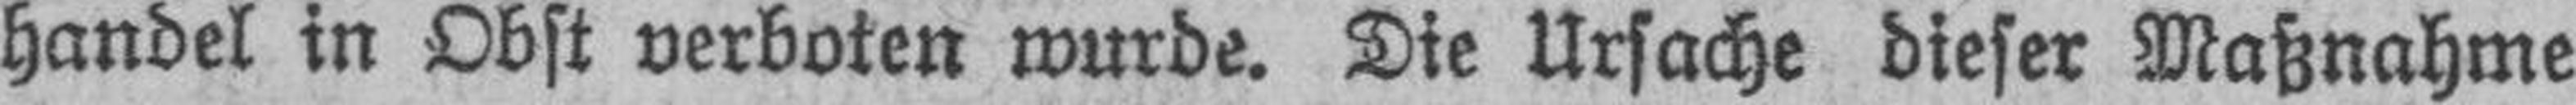
handel in Obst verboten wurde. Die Ursache dieser Maßnahme